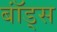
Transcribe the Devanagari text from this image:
बॉंड्स